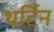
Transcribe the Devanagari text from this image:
थर्टिन